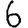
Digit: 6